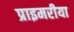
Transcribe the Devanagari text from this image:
प्राइमरीया